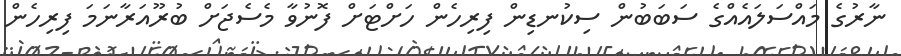
ނާރުގެ މައްސަލައެއްގެ ސަބަބުން ސިކުނޑިން ފިރިހެން ހަށްޓަށް ފޮނުވާ މެސެޖަށް ބުރޫއަރާނަމަ ފިރިހެން